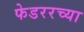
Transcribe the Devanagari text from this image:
फेडररच्या